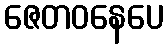
ဇေတဝနေပေ